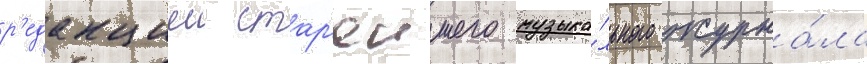
р'едакциеи стар'еишего музыка́льного журна́ла